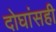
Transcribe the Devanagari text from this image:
दोघांसही